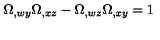
\Omega _ { , w y } \Omega _ { , x z } - \Omega _ { , w z } \Omega _ { , x y } = 1